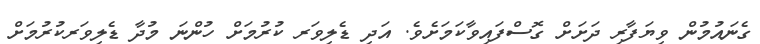
ގެނައުމުން ވިޔަފާރި ދަށަށް ގޮސްފައިވާކަމަށެވެ. އަދި ޑެލިވަރ ކުރުމަށް ހުންނަ މުދާ ޑެލިވަރކުރުމަށް